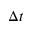
\Delta t